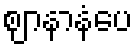
ဈာနာနံပေ